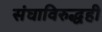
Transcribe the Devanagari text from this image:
संघाविरुद्धही